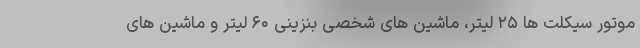
موتور سیکلت ها ۲۵ لیتر، ماشین های شخصی بنزینی ۶۰ لیتر و ماشین های